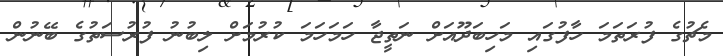
މެޗުގެ ފުރަތަމަ ހާފުގައި މަހިބަދޫއަށް ނަތީޖާ ހަމަހަމަ ކުރުމަށް ލިބުނު ފުރުސަތުގެ ބޭނުން